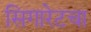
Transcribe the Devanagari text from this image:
सिगारेटचा